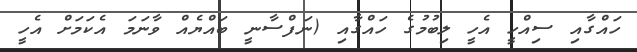
ހައްގާއި ސިއްހީ އެހީ ލިބުމުގެ ހައްގާއި (ނަފްސާނީ ބައްޔެއް ވާނަމަ އެކަމަށް އެހީ